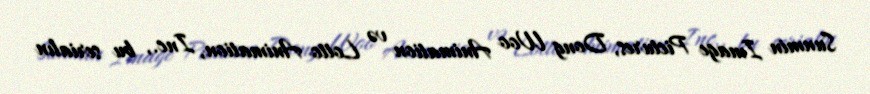
Sunmin Image Pictures, Dong Woo Animation və Lotto Animation, Inc., bu serialın